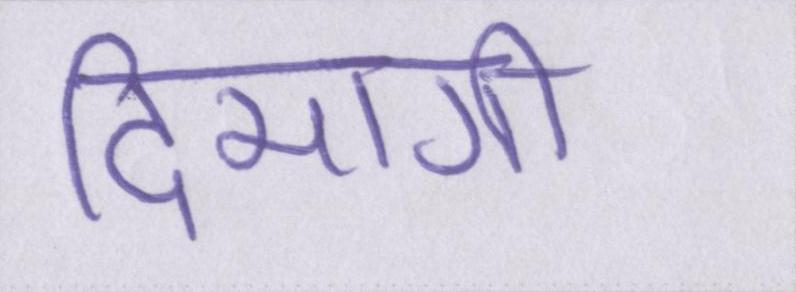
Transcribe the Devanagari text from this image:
दिमागी